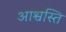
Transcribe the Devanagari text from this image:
आश्वस्ति